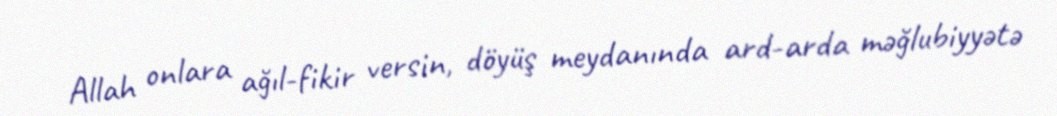
Allah onlara ağıl-fikir versin, döyüş meydanında ard-arda məğlubiyyətə